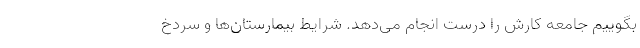
بگوییم جامعه کارش را درست انجام می‌دهد. شرایط بیمارستان‌ها و سردخ